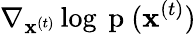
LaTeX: \nabla_{\mathbf{x}^{(t)}}\log{\mathrm{~p~}(\mathbf{x}^{(t)})}